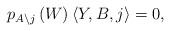
LaTeX: \begin{align*}p_{A\backslash j}\left(W\right)\left\langle Y,B,j\right\rangle =0,\end{align*}